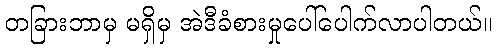
တခြားဘာမှ မရှိမှ အဲဒီခံစားမှုပေါ်ပေါက်လာပါတယ်။